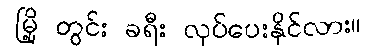
မြို့ တွင်း ခရီး လုပ်ပေးနိုင်လား။